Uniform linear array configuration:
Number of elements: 12
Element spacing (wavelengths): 0.25
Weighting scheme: cosine
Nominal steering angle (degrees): -45
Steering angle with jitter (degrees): -44.642
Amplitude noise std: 0.05
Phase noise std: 0.05

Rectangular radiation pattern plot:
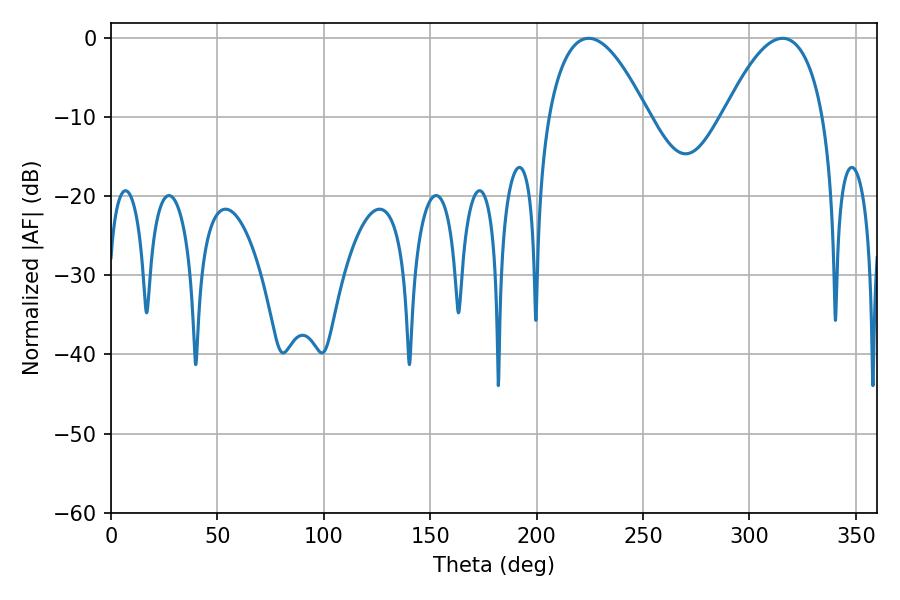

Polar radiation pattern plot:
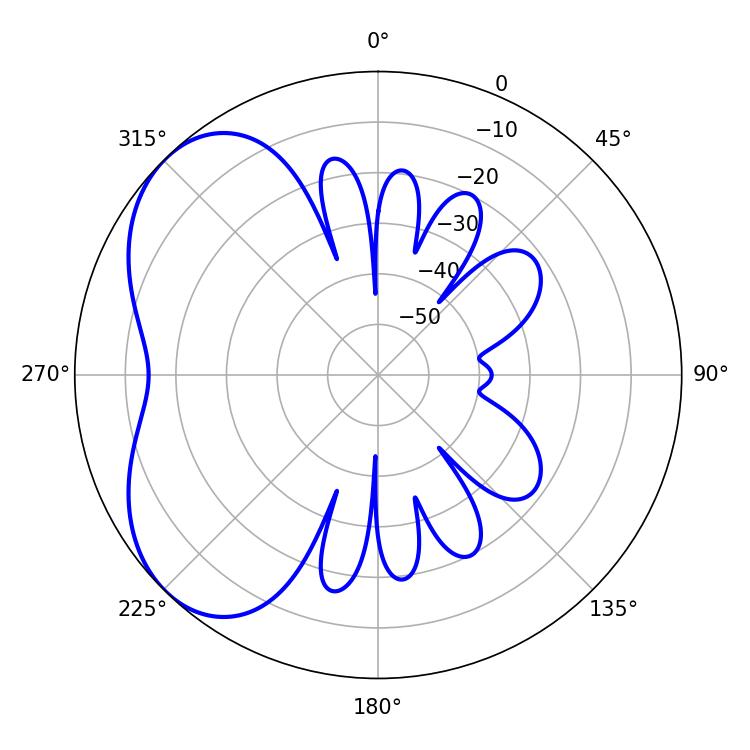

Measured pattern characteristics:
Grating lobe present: FALSE
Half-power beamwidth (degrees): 25.92
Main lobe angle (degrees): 224.46